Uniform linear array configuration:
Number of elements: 12
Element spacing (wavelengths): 0.75
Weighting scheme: cosine
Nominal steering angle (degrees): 30
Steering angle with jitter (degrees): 29.201
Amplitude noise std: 0.05
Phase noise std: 0.05

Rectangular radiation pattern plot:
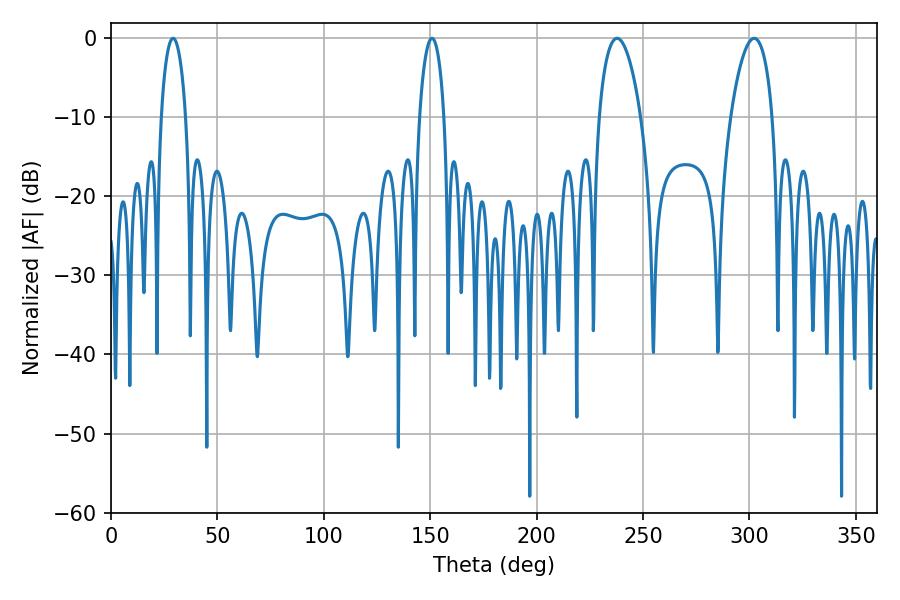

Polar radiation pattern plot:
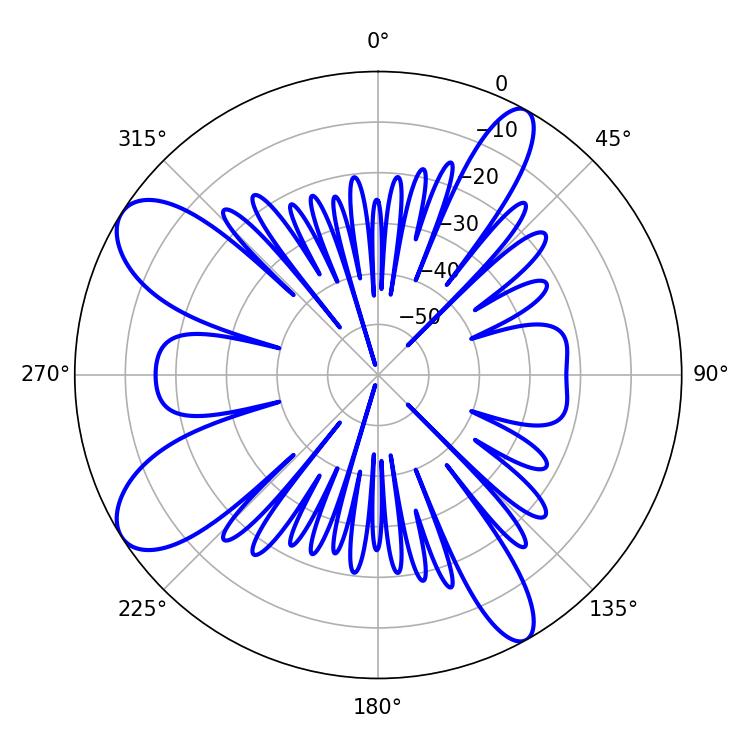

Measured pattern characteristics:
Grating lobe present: TRUE
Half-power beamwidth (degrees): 10.98
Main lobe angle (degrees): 302.22